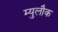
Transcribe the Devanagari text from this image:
म्युलौक